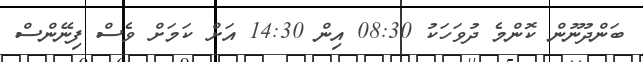
ބަންދުނޫން ކޮންމެ ދުވަހަކު 08:30 އިން 14:30 އަށް ކަމަށް ވެސް ފިނޭންސް